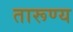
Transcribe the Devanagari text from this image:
तारूण्य